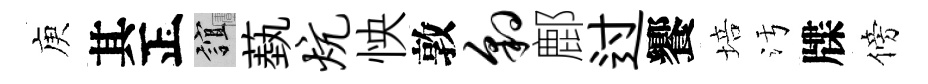
庾其正誼蓺炕怏敦豹鄜过饗培污牒傍